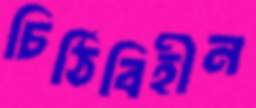
চিঠিবিহীন